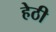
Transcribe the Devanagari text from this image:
हेठी